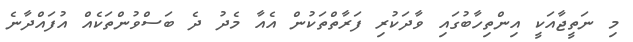
މި ނަތީޖާއަކީ އިންތިހާބުގައި ވާދަކުރި ފަރާތްތަކުން އެއާ މެދު ދެ ބަސްވުންތަކެއް އުފައްދާނެ